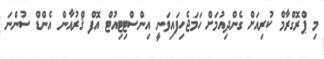
މި ޕްރޮގްރާމް ކުރިއަށް ގެންދިއުމަށް ހަމަޖެހިފައިވަނީ އިންސްޓިޓިއުޓް އޮފް ޤްރުއާން އެންޑް ސުންނަ